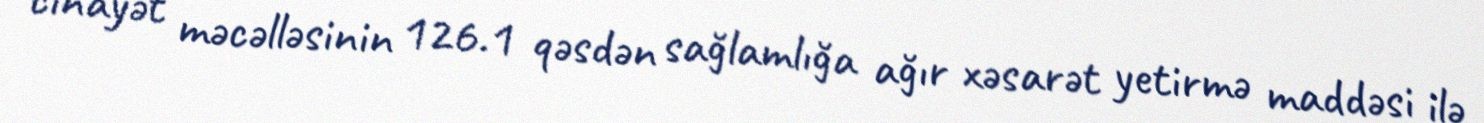
cinayət məcəlləsinin 126.1 qəsdən sağlamlığa ağır xəsarət yetirmə maddəsi ilə